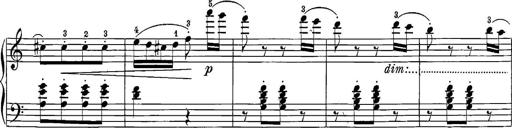
Title: 12 Sonatine per Pianoforte
Composer: Friedrich Kuhlau